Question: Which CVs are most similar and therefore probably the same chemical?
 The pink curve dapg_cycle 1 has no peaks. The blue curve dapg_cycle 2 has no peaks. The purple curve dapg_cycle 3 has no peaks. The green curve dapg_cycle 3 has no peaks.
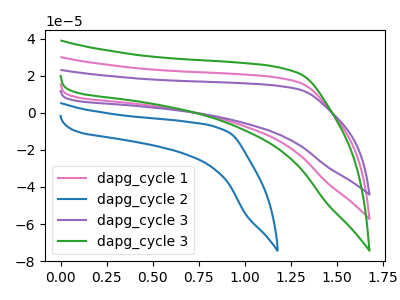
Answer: <think>Neither "dapg_cycle 1" or "dapg_cycle 2" have any peaks. Neither "dapg_cycle 1" or "dapg_cycle 3" have any peaks. Neither "dapg_cycle 1" or "dapg_cycle 3" have any peaks. Neither "dapg_cycle 2" or "dapg_cycle 3" have any peaks. Neither "dapg_cycle 2" or "dapg_cycle 3" have any peaks. Neither "dapg_cycle 3" or "dapg_cycle 3" have any peaks.
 </think>
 <answer>"dapg_cycle 3", "dapg_cycle 1", "dapg_cycle 2" and "dapg_cycle 3" have the same shape and are likely CV's of the same chemical.</answer>
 <eval>"dapg_cycle 3" "dapg_cycle 1" "dapg_cycle 2" "dapg_cycle 3"</eval>